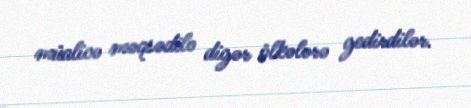
müalicə məqsədilə digər ölkələrə gedirdilər.